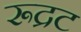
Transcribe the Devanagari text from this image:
रूद्रट